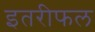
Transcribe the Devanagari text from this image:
इतरीफल